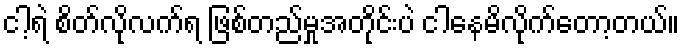
ငါ့ရဲ စိတ်လိုလက်ရ ဖြစ်တည်မှုအတိုင်းပဲ ငါနေမိလိုက်တော့တယ်။